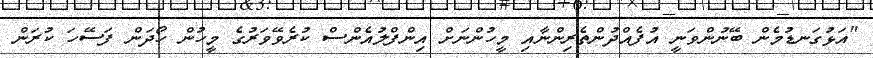
"އަޅުގަނޑުމެން ބޭނުންވަނީ އުފެއްދުންތެރިންނާއި މީހުންނަށް އިންފްލުއެންސް ކުރެވޭވަރުގެ މީހުން ހޯދަން ފަސޭހަ ކުރަން